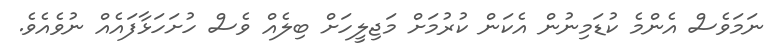
ނަމަވެސް އެންމެ ކުޑަމިނުން އެކަން ކުރުމަށް މަޖިލީހަށް ބިލެއް ވެސް ހުށަހަޅާފައެއް ނުވެއެވެ.